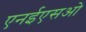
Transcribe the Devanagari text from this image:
एनईएसओ